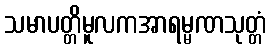
သမာပတ္တိမူလကအာရမ္မဏသုတ္တံ